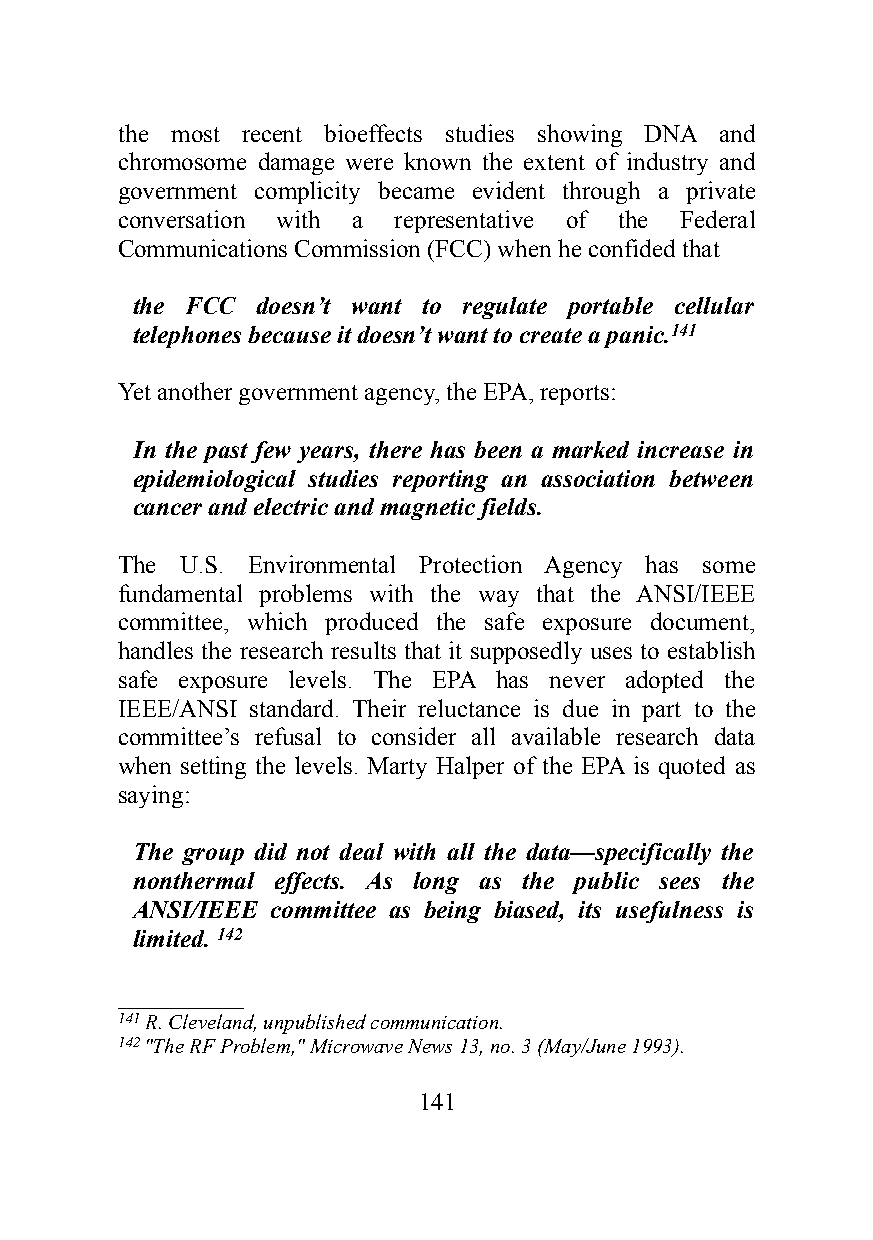
the most recent bioeffects studies showing DNA and
 chromosome damage were known the extent of industry and
 government complicity became evident through a private
 conversation with a representative of the Federal
 Communications Commission (FCC) when he confided that
 the FCC doesn’t want to regulate portable cellular
 telephones because it doesn’t want to create a panic.141
 Yet another government agency, the EPA, reports:
 In the past few years, there has been a marked increase in
 epidemiological studies reporting an association between
 cancer and electric and magnetic fields.
 The U.S. Environmental Protection Agency has some
 fundamental problems with the way that the ANSI/IEEE
 committee, which produced the safe exposure document,
 handles the research results that it supposedly uses to establish
 safe exposure levels. The EPA has never adopted the
 IEEE/ANSI standard. Their reluctance is due in part to the
 committee’s refusal to consider all available research data
 when setting the levels. Marty Halper of the EPA is quoted as
 saying:
 The group did not deal with all the data—specifically the
 nonthermal effects. As long as the public sees the
 ANSI/IEEE committee as being biased, its usefulness is
 limited. 142
 __________
 141 R. Cleveland, unpublished communication.
 142 "The RF Problem," Microwave News 13, no. 3 (May/June 1993).
 141